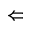
\Leftarrow